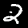
Label: 2